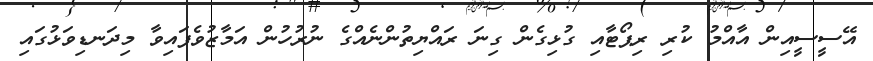
އޭސީސީއިން އާއްމު ކުރި ރިޕޯޓާއި ގުޅިގެން ގިނަ ރައްޔިތުންނެއްގެ ނުރުހުން އަމާޒުވެފައިވާ މިދަނޑިވަޅުގައި